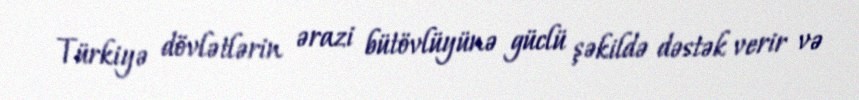
Türkiyə dövlətlərin ərazi bütövlüyünə güclü şəkildə dəstək verir və